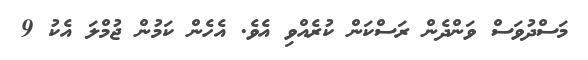
މަސްދުވަސް ވަންދެން ރަސްކަން ކުރެއްވި އެވެ. އެހެން ކަމުން ޖުމްލަ އެކު 9